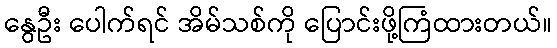
နွေဦး ပေါက်ရင် အိမ်သစ်ကို ပြောင်းဖို့ကြံထားတယ်။